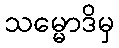
သမ္မောဒိမှ